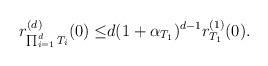
LaTeX: \begin{align*}r_{\prod_{i=1}^d T_i}^{(d)}(0)\leq&d(1+\alpha_{T_1})^{d-1}r^{(1)}_{T_{1}}(0).\end{align*}